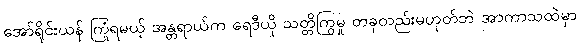
အော်ရိုင်းယန် ကြုံရမယ့် အန္တရာယ်က ရေဒီယို သတ္တိကြွမှု တခုတည်းမဟုတ်ဘဲ အာကာသထဲမှာ